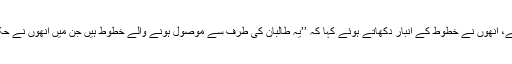
صوبائی دارالحکومت لشکر گاہ کے سابق گورنر ’’حیات اللہ حیات‘‘ کے ساتھ دورہ کرتے ہوئے، انھوں نے خطوط کے انبار دکھاتے ہوئے کہا کہ ’’یہ طالبان کی طرف سے موصول ہونے والے خطوط ہیں جن میں انھوں نے حکومت سے اپنے زیر اثر علاقوں کے لیے کلینک اور دیگر امدادی منصوبوں کی اپیل کی ہے‘‘۔